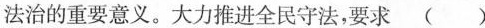
法治的重要意义。大力推进全民守法，要求()